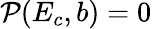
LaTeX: \mathcal{P}(E_{c},b)=0